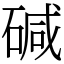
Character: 碱